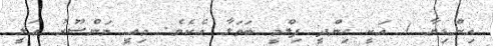
އިންޑިޔާ ) އަކީ ހިންދީ ފިލްމީ ބަތަލާ އެކެވެ. މިއީ މަންޞޫރު ޢަލީ